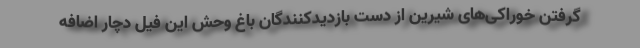
گرفتن خوراکی‌های شیرین از دست بازدیدکنندگان باغ وحش این فیل دچار اضافه